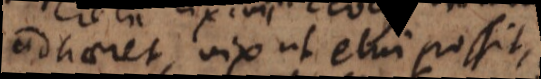
adhaeret, vix ut elui possit,